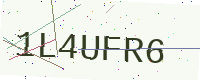
Text: 1L4UFR6